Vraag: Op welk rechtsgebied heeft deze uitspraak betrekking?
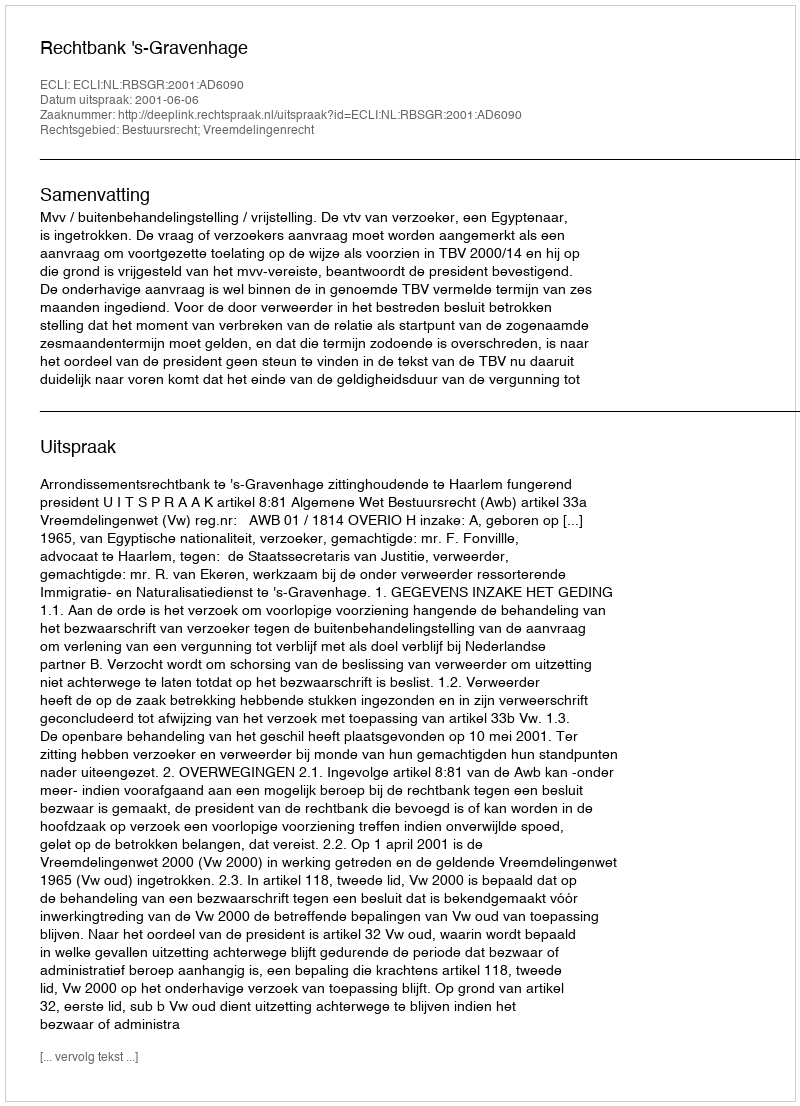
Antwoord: Bestuursrecht; Vreemdelingenrecht